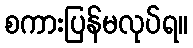
စကားပြန်မလုပ်ရ။